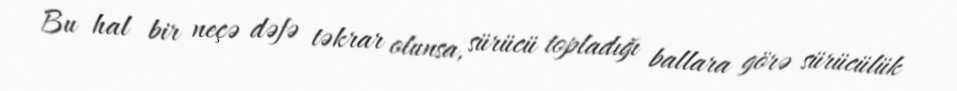
Bu hal bir neçə dəfə təkrar olunsa, sürücü topladığı ballara görə sürücülük